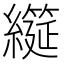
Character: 𮉌